Civil Veterinary Department Bengal reports 1933-51 - 1933-1951
Year: 1933
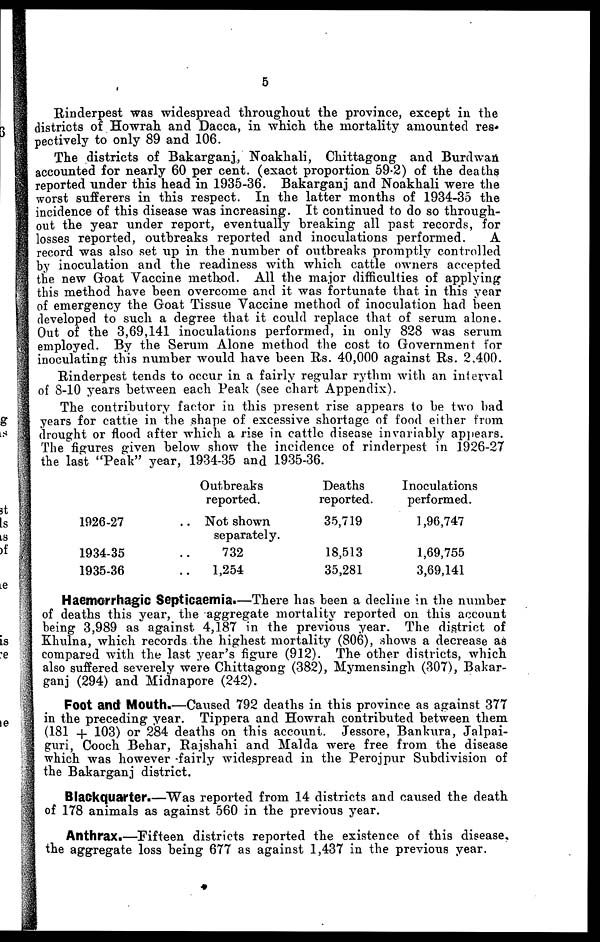
5
Rinderpest was widespread throughout the province, except in the
districts of Howrah and Dacca, in which the mortality amounted res-
pectively to only 89 and 106.
The districts of Bakarganj, Noakhali, Chittagong and Burdwan
accounted for nearly 60 per cent. (exact proportion 59.2) of the deaths
reported under this head in 1935-36. Bakarganj and Noakhali were the
worst sufferers in this respect. In the latter months of 1934-35 the
incidence of this disease was increasing. It continued to do so through-
out the year under report, eventually breaking all past records, for
losses reported, outbreaks reported and inoculations performed.
A
record was also set up in the number of outbreaks promptly controlled
by inoculation and the readiness with which cattle owners accepted
the new Goat Vaccine method. All the major difficulties of applying
this method have been overcome and it was fortunate that in this year
of emergency the Groat Tissue Vaccine method of inoculation had been
developed to such a degree that it could replace that of serum alone.
Out of the 3,69,141 inoculations performed, in only 828 was serum
employed. By the Serum Alone method the cost to Government for
inoculating this number would have been Rs. 40,000 against Rs. 2,400.
Rinderpest tends to occur in a fairly regular rythm with an interval
of 8-10 years between each Peak (see chart Appendix).
The contributory factor in this present rise appears to be two bad
years for cattle in the shape of excessive shortage of food either from
drought or flood after which a rise in cattle disease invariably appears.
The figures given below show the incidence of rinderpest in 1926-27
the last "Peak" year, 1934-35 and 1935-36.
1926-27 ..
1934-35 ..
1935-36 ..
Outbreaks
reported.
Not shown
separately.
732
1,254
Deaths
reported.
35,719
18,513
35,281
Inoculations
performed.
1,96,747
1,69,755
3,69,141
Haemorrhagic Septicaemia.—There has been a decline in the number
of deaths this year, the aggregate mortality reported on this account
being 3,989 as against 4,187 in the previous year. The district of
Khulna, which records the highest mortality (806), shows a decrease as
compared with the last year's figure (912). The other districts, which
also suffered severely were Chittagong (382), Mymensingh (307), Bakar-
ganj (294) and Midnapore (242).
Foot and Mouth.—Caused 792 deaths in this province as against 377
in the preceding year. Tippera and Howrah contributed between them
(181 + 103) or 284 deaths on this account. Jessore, Bankura, Jalpai-
guri, Cooch Behar, Rajshahi and Malda were free from the disease
which was however -fairly widespread in the Perojpur Subdivision of
the Bakarganj district.
Blackquarter.—Was reported from 14 districts and caused the death
of 178 animals as against 560 in the previous year.
Anthrax.—Fifteen districts reported the existence of this disease,
the aggregate loss being 677 as against 1,437 in the previous year.